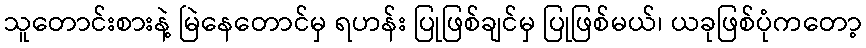
သူတောင်းစားနဲ့ မြဲနေတောင်မှ ရဟန်း ပြုဖြစ်ချင်မှ ပြုဖြစ်မယ်၊ ယခုဖြစ်ပုံကတော့